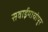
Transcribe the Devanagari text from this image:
सवाईमाधोपुर